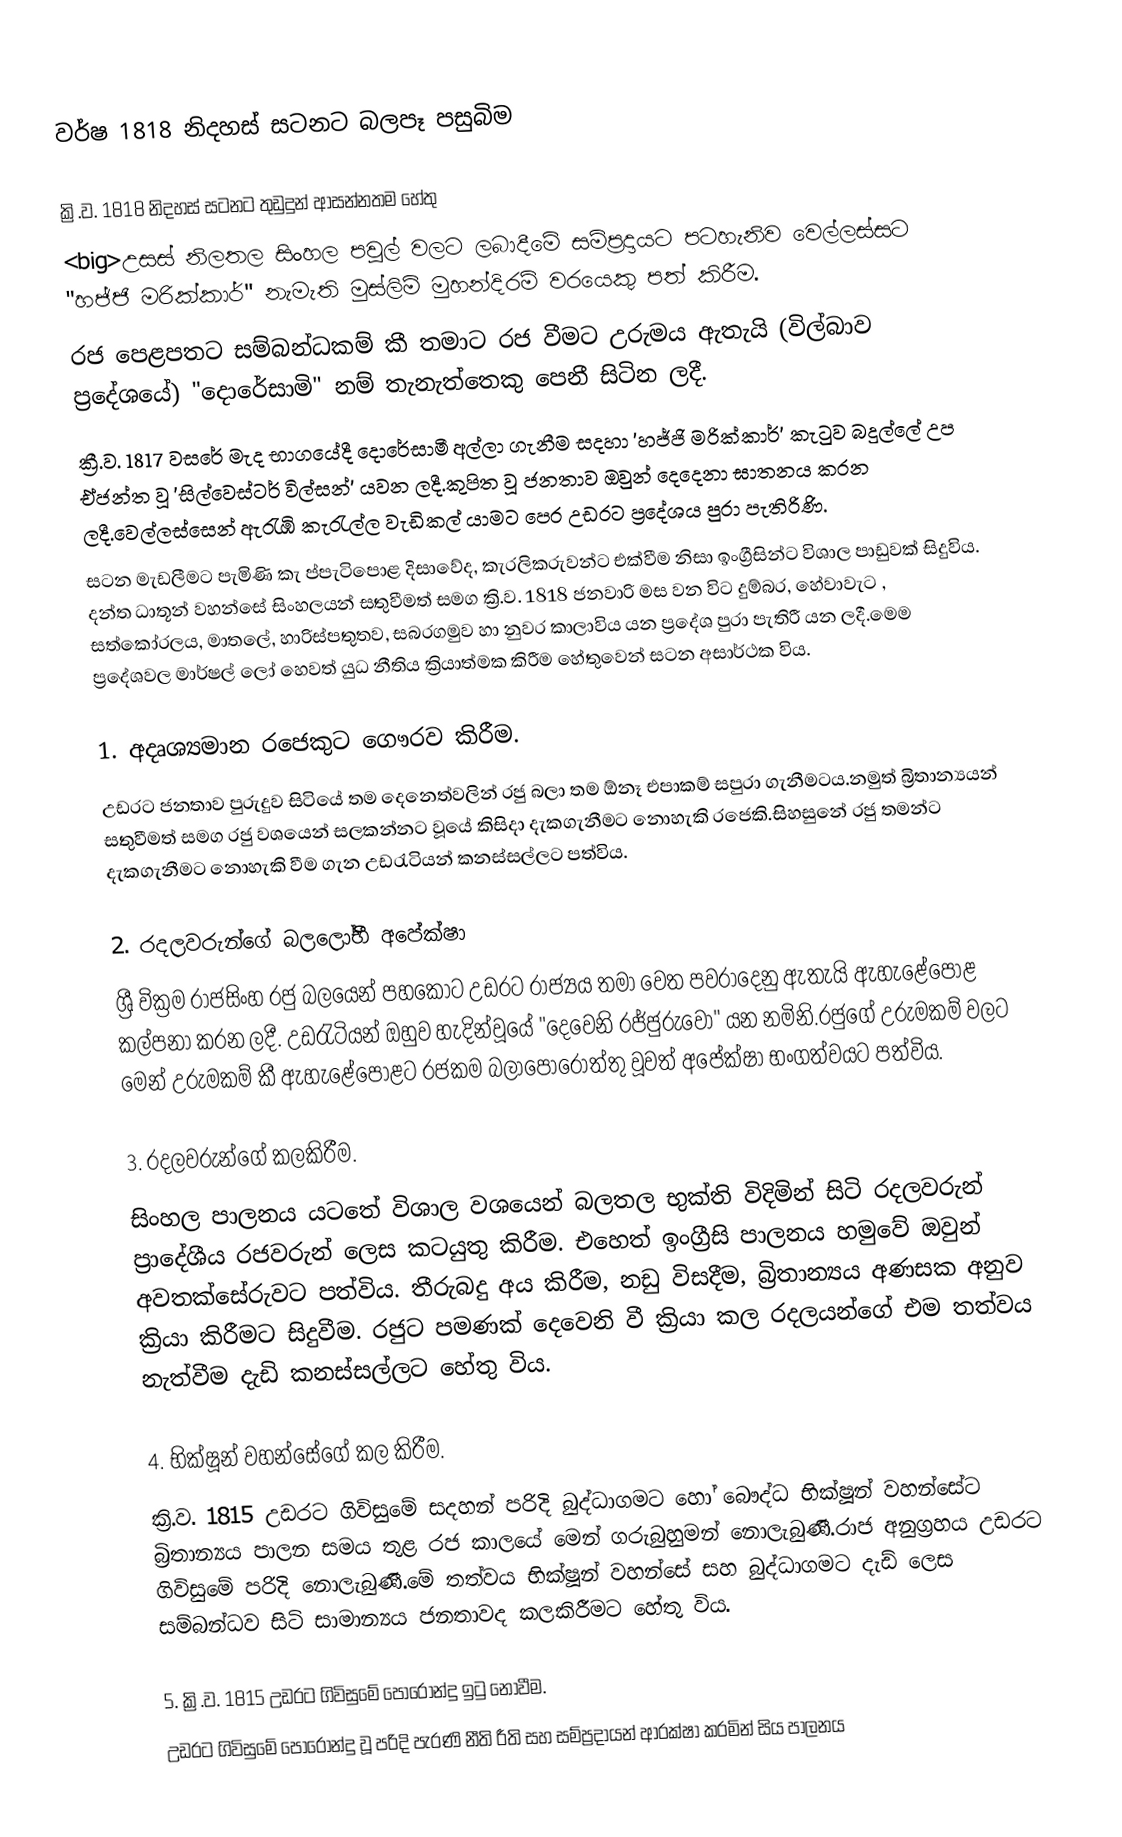
වර්ෂ 1818 නිදහස් සටනට බලපෑ පසුබිම

ක්‍රි.ව. 1818 නිදහස් සටනට තුඩුදුන් ආසන්නතම හේතු
   <big>උසස් නිලතල සිංහල පවුල් වලට ලබාදීමේ සම්ප්‍රදායට පටහැනිව වෙල්ලස්සට "හජ්ජි මරික්කාර්" නැමැති මුස්ලිම් මුහන්දිරම් වරයෙකු පත් කිරීම.
      රජ පෙළපතට සම්බන්ධකම් කී තමාට රජ වීමට උරුමය ඇතැයි (විල්බාව ප්‍රදේශයේ) "දොරේසාමි" නම් තැනැත්තෙකු පෙනී සිටින ලදී.
   ක්‍රී.ව. 1817 වසරේ මැද භාගයේදී දොරේසාමී අල්ලා ගැනීම සදහා 'හජ්ජි මරික්කාර්' කැටුව බදුල්ලේ උප ඒජන්ත වූ 'සිල්වෙස්ටර් විල්සන්' යවන ලදී.කුපිත වූ ජනතාව ඔවුන් දෙදෙනා ඝාතනය කරන ලදී.වෙල්ලස්සෙන් ඇරැඹි කැරැල්ල වැඩිකල් යාමට පෙර උඩරට ප්‍රදේශය පුරා පැතිරිණි.
   සටන මැඩලීමට පැමිණි කැ                                                             ප්පැටිපොළ දිසාවේද, කැරලිකරුවන්ට එක්වීම නිසා ඉංග්‍රීසින්ට විශාල පාඩුවක් සිදුවිය. දන්ත ධාතූන් වහන්සේ සිංහලයන් සතුවීමත් සමග ක්‍රි.ව. 1818 ජනවාරි මස වන විට දුම්බර, හේවාවැට , සත්කෝරලය, මාතලේ, හාරිස්පතුතව, සබරගමුව හා නුවර කාලාවිය යන ප්‍රදේශ පුරා පැතිරී යන ලදී.මෙම ප්‍රදේශවල මාර්ෂල් ලෝ හෙවත් යුධ නීතිය ක්‍රියාත්මක කිරීම හේතුවෙන් සටන අසාර්ථක විය.

1. අදෘශ්‍යමාන රජෙකුට ගෞරව කිරීම.
   උඩරට ජනතාව පුරුදුව සිටියේ තම දෙනෙත්වලින් රජු බලා තම ඕනෑ එපාකම් සපුරා ගැනීමටය.නමුත් බ්‍රිතාන්‍යයන් සතුවීමත් සමග රජු වශයෙන් සලකන්නට වූයේ කිසිදා දැකගැනීමට නොහැකි රජෙකි.සිහසුනේ රජු තමන්ට දැකගැනීමට නොහැකි වීම ගැන උඩරැටියන් කනස්සල්ලට පත්විය.

2. රදලවරුන්ගේ බලලෝභී අපේක්ෂා
   ශ්‍රී වික්‍රම රාජසිංහ රජු බලයෙන් පහකොට උඩරට රාජ්‍යය තමා වෙත පවරාදෙනු ඇතැයි ඇහැළේපොළ කල්පනා කරන ලදී. උඩරැටියන් ඔහුව හැදින්වූයේ "දෙවෙනි රජ්ජුරුවෝ" යන නමිනි.රජුගේ උරුමකම් වලට මෙන් උරුමකම් කී ඇහැළේපොළට රජකම බලාපොරොත්තු වූවත් අපේක්ෂා භංගත්වයට පත්විය.

3. රදලවරුන්ගේ කලකිරීම.
   සිංහල පාලනය යටතේ විශාල වශයෙන් බලතල භුක්ති විදිමින් සිටි රදලවරුන් ප්‍රාදේශීය රජවරුන් ලෙස කටයුතු කිරීම. එහෙත් ඉංග්‍රීසි පාලනය හමුවේ ඔවුන් අවතක්සේරුවට පත්විය. තීරුබදු අය කිරීම, නඩු විසදීම, බ්‍රිතාන්‍යය අණසක අනුව ක්‍රියා කිරීමට සිදුවීම. රජුට පමණක් දෙවෙනි වී ක්‍රියා කල රදලයන්ගේ එම තත්වය නැත්වීම දැඩි කනස්සල්ලට හේතු විය.

4. භික්ෂූන් වහන්සේගේ කල කිරීම.
   ක්‍රි.ව. 1815 උඩරට ගිවිසුමේ සදහන් පරිදි බුද්ධාගමට හෝ බෞද්ධ භික්ෂූන් වහන්සේට බ්‍රිතාන්‍යය පාලන සමය තුළ රජ කාලයේ මෙන් ගරුබුහුමන් නොලැබුණී.රාජ අනුග්‍රහය උඩරට ගිවිසුමේ පරිදි නොලැබුණී.මේ තත්වය භික්ෂූන් වහන්සේ සහ බුද්ධාගමට දැඩ් ලෙස සම්බන්ධව සිටි සාමාන්‍යය ජනතාවද කලකිරීමට හේතු විය.

5. ක්‍රි.ව. 1815 උඩරට ගිවිසුමේ පොරොන්දු ඉටු නොවීම.
   උඩරට ගිවිසුමේ පොරොන්දු වූ පරිදි පැරණි නීති රීති සහ සම්ප්‍රදායන් ආරක්ෂා කරමින් සිය පාලනය